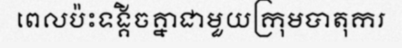
ពេលប៉ះទង្គិចគ្នាជាមួយក្រុមបាតុករ